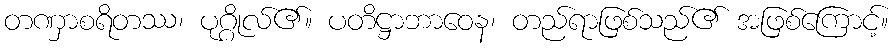
တဏှာစရိတဿ၊ ပုဂ္ဂိုလ်၏။ ပတိဋ္ဌာဘာဝေန၊ တည်ရာဖြစ်သည်၏ အဖြစ်ကြောင့်။